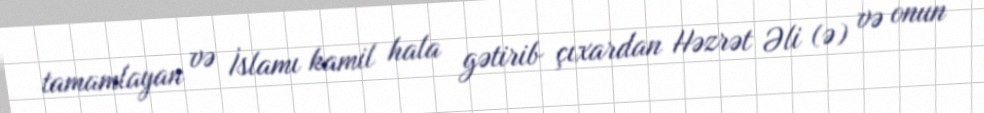
tamamlayan və İslamı kamil hala gətirib çıxardan Həzrət Əli (ə) və onun